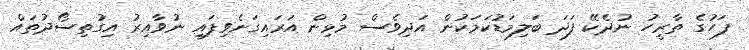
ފަހުގެ ތާރީހު ނުދެކޭ ފަދަ ބަލިމަޑުކަމަކުން އަދިވެސް މުޅިން އަރައިގަނެވިފައި ނުވާއިރު އިގުތިސޯދުތައް